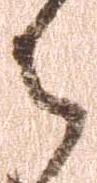
御